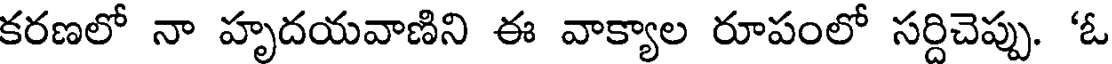
కరణలో నా హృదయవాణిని ఈ వాక్యాల రూపంలో సర్దిచెప్పు. 'ఓ